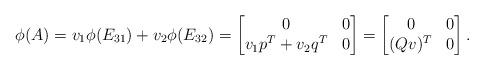
\begin{align*} \phi(A) &= v_1 \phi( E_{31}) + v_2 \phi( E_{32}) = \begin{bmatrix} 0 & 0 \\ v_1p^T +v_2q^T & 0\end{bmatrix} = \begin{bmatrix} 0 & 0 \\ (Qv)^T & 0\end{bmatrix}.\end{align*}